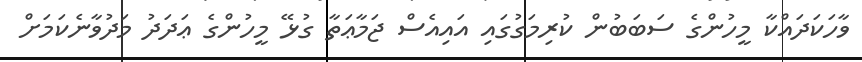
ވާހަކަދައްކާ މީހުންގެ ސަބަބުން ކުރިމަގުގައި އައިއެސް ޖަމާޢަތާ ގުޅޭ މީހުންގެ ޢަދަދު މަދުވާނެކަމަށް